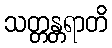
သတ္တန္တရာတိ